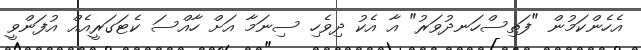
އެހެންކަމުން "ފަތިސްހަނދުވަރު" އާ އެކު ދިވެހި ސިނަމާ އަށް ހާއްސަ ކެޓަގަރީއެއް އުފަންވީ